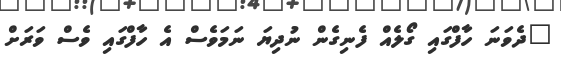
"ދެވަނަ ހާފްގައި ގޯލެއް ފެނިގެން ނުދިޔަ ނަމަވެސް އެ ހާފްގައި ވެސް ވަރަށް